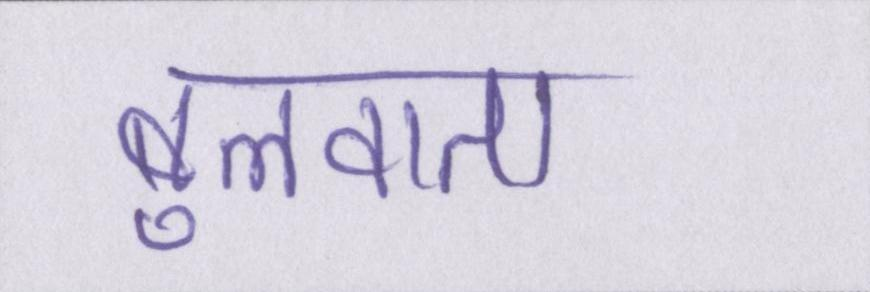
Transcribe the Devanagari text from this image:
बुलवाता